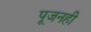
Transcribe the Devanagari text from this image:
पूजनही